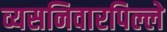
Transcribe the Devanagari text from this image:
व्यसनिवारपिल्ले